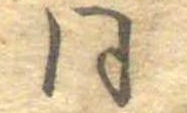
同